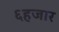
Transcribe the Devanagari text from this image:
६हजार